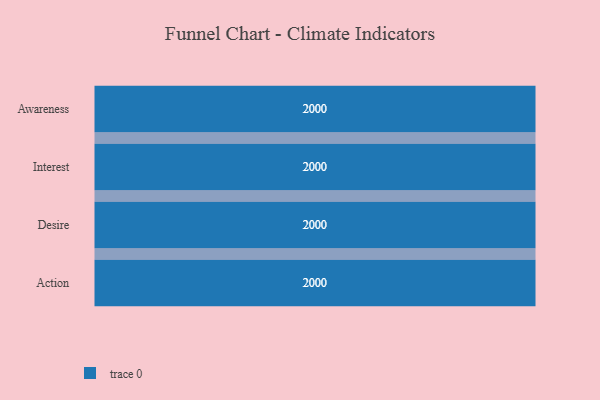
{"axis": {"x": "Stage", "y": "Value"}, "legend": [""], "data": [{"x": "Awareness", "y": 2000, "type": ""}, {"x": "Interest", "y": 2000, "type": ""}, {"x": "Desire", "y": 2000, "type": ""}, {"x": "Action", "y": 2000, "type": ""}]}